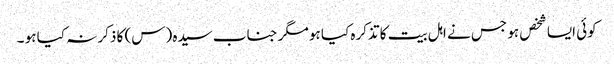
کوئی ایسا شخص ہو جس نے اہل بیت کا تذکرہ کیا ہو مگر جناب سیدہ (س) کا ذکر نہ کیا ہو ۔